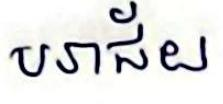
បរាជ័យ